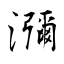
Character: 瀰